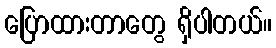
ပြောထားတာတွေ ရှိပါတယ်။